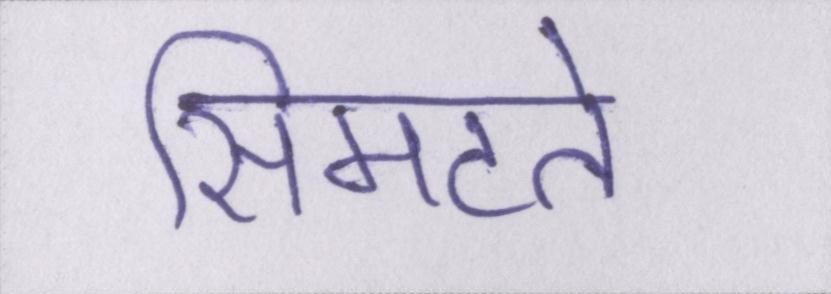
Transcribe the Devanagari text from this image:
सिमटते